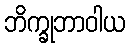
ဘိက္ခုဘာဝါယ